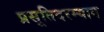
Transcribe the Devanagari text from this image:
प्रसूतिदरम्यान